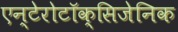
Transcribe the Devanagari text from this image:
एन्टेरोटॉक्सिजेनिक